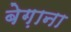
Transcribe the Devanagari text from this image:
बेग़ाना